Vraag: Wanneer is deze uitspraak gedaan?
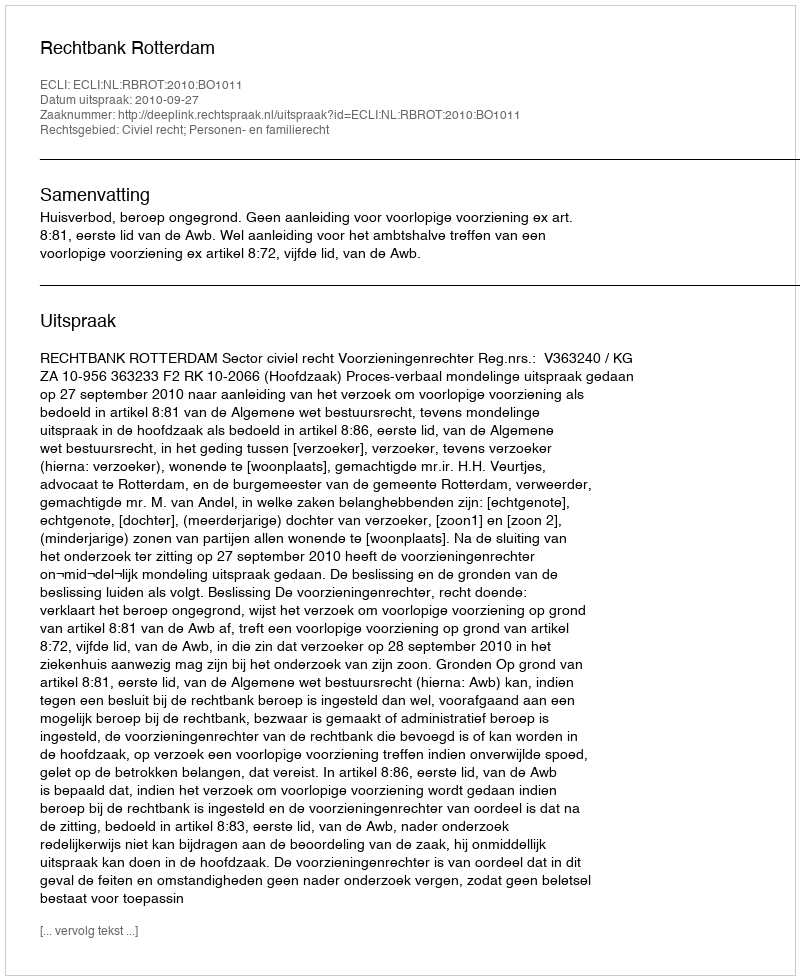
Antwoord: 2010-09-27